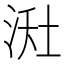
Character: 𪶇